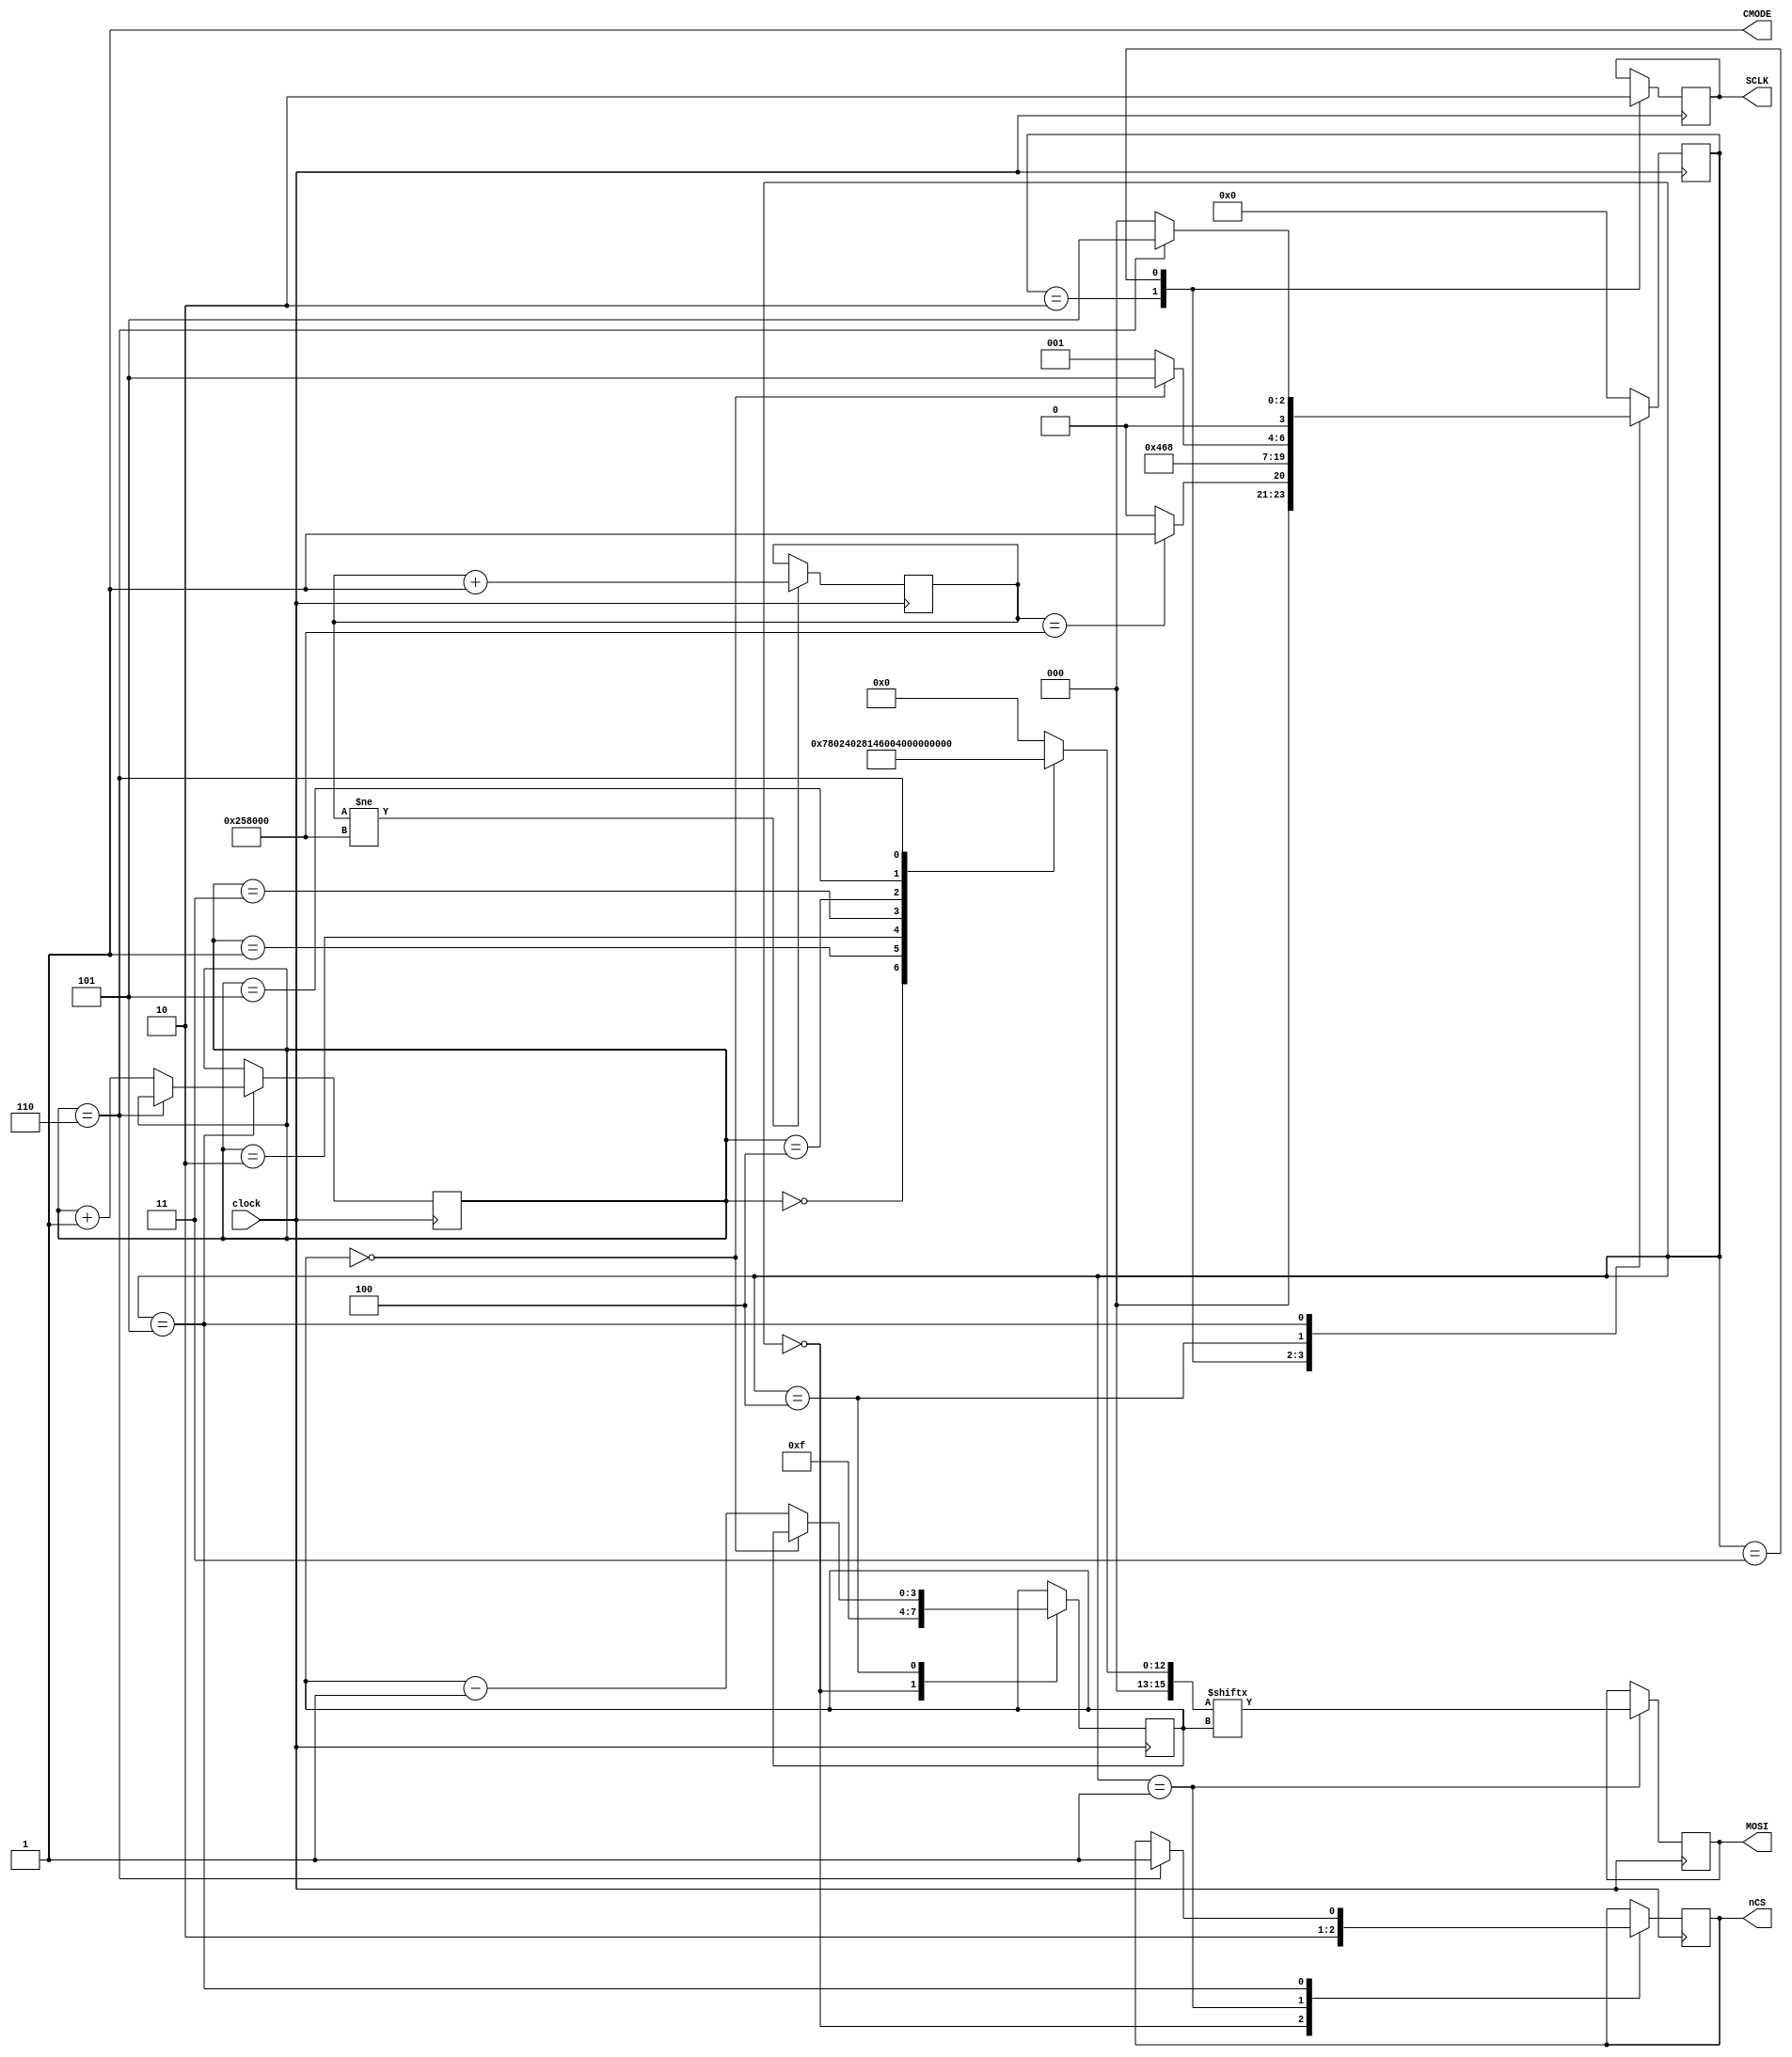
//Set up TLV320 using SPI 

/* 

NOTE: TLV320 is set up via SPI rather then I2C since with
a complete system i.e. Mercury, Penelope and Janus, then 
there will be 3 TLV320s and only two options for I2C addresses.

Data to send to TLV320 is 

 	1E 00 - Reset chip
 	12 01 - set digital interface active
 	08 14 - D/A on
 	0C 00 - All chip power on
 	0E 02 - Slave, 16 bit, I2S
 	10 00 - 48k, Normal mode
 	0A 00 - turn D/A mute off

*/

module TLV320(
	input clock,
	output reg nCS,
	output reg MOSI,
	output reg SCLK,
	output CMODE
	);
	
reg   [2:0] load;
reg   [3:0] TLV;
reg  [15:0] TLV_data;
reg   [3:0] bit_cnt;

// Set up TLV320 data to send 
always @*	
begin
  case (load)
  //3'd0: TLV_data = 16'h8889; // simulation test case
  3'd0: TLV_data = 16'h1E00;  // data to load into TLV320
  3'd1: TLV_data = 16'h1201;
  3'd2: TLV_data = 16'h0814;		  // D/A on 
  3'd3: TLV_data = 16'h0C00;
  3'd4: TLV_data = 16'h0E02;
  3'd5: TLV_data = 16'h1000;
  3'd6: TLV_data = 16'h0A00;
  default: TLV_data = 0;
  endcase
end

// State machine to send data to TLV320 via SPI interface

assign CMODE = 1'b1;		// Set to 1 for SPI mode

reg [23:0] tlv_timeout;

always @ (posedge clock)		// use 12.288MHz BCLK for SPI
begin
  if (tlv_timeout != (200*12288))        // 200mS @BCLK = 12.288Mhz
    tlv_timeout <= tlv_timeout + 1'd1;

  case (TLV)
  4'd0:
  begin
    nCS <= 1'b1;        	// set TLV320 CS high
    bit_cnt <= 4'd15;   	// set starting bit count to 15
    if (tlv_timeout == (200*12288)) // wait for 200mS timeout
      TLV <= 4'd1;
    else
      TLV <= 4'd0;
  end

  4'd1:
  begin
    nCS  <= 1'b0;                // start data transfer with nCS low
    MOSI <= TLV_data[bit_cnt];  // set data up
    TLV  <= 4'd2;
  end

  4'd2:
  begin
    SCLK <= 1'b1;               // clock data into TLV320
    TLV  <= 4'd3;
  end

  4'd3:
  begin
    SCLK <= 1'b0;               // reset clock
    TLV  <= 4'd4;
  end

  4'd4:
  begin
    if (bit_cnt == 0) // word transfer is complete, check for any more
      TLV <= 4'd5;
    else
    begin
      bit_cnt <= bit_cnt - 1'b1;
      TLV <= 4'd1;    // go round again
    end
  end

  4'd5:
  begin
    if (load == 6)
    begin                 // stop when all data sent
      TLV <= 4'd5;        // hang out here forever
      nCS <= 1'b1;        // set CS high
    end
    else
    begin                 // else get next data	
      TLV  <= 4'd0;           
      load <= load + 3'b1;  // select next data word to send
    end
  end
  
  default: TLV <= 4'd0;
  endcase
end

endmodule